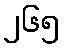
၂၆၅